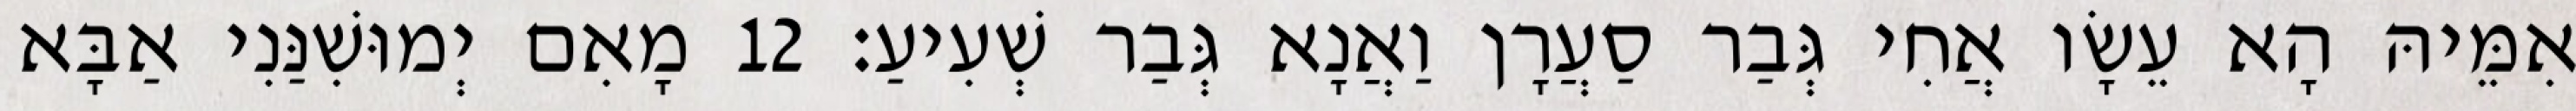
אִמֵּיהּ הָא עֵשָׂו אֲחִי גְּבַר סַעֲרָן וַאֲנָא גְּבַר שְׁעִיעַ׃ 12 מָאִם יְמוּשִׁנַּנִי אַבָּא